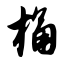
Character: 桶